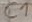
Text: C1